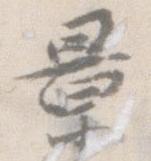
景